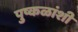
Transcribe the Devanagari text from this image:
पुष्कळांशी